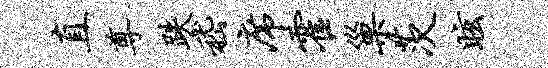
直尊跌嵇席霍巢茨眩